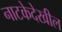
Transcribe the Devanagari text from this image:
नाटकेदेखील